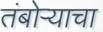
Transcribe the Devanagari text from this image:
तंबोऱ्याचा